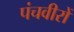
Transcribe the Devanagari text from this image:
पंचवीरों